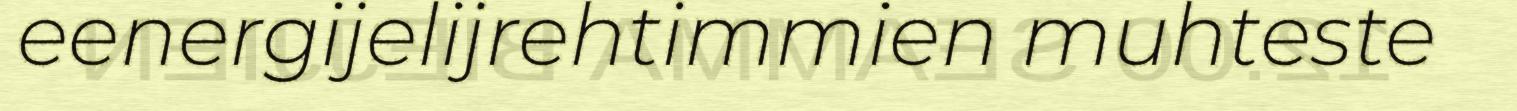
eenergijelijrehtimmien muhteste